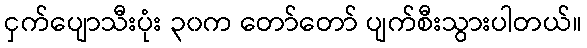
ငှက်ပျောသီးပုံး ၃၀က တော်တော် ပျက်စီးသွားပါတယ်။